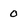
Character: 0